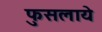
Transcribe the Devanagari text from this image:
फुसलाये